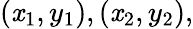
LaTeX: (\mathit{x}_{1},y_{1}),(\mathit{x}_{2},y_{2}),